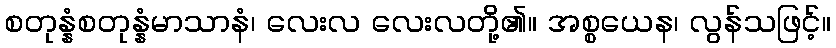
စတုန္နံစတုန္နံမာသာနံ၊ လေးလ လေးလတို့၏။ အစ္စယေန၊ လွန်သဖြင့်။